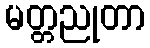
မတ္တညုတာ